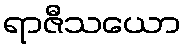
ရာဇီသယော